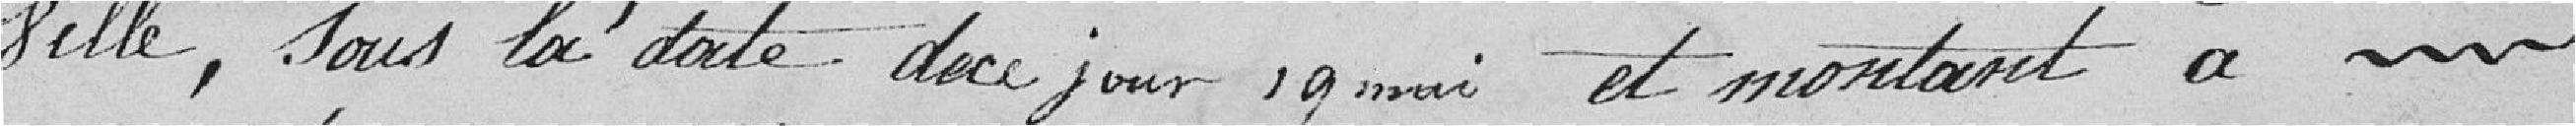
ville, sus la date de ce jour 19 mai et montant à